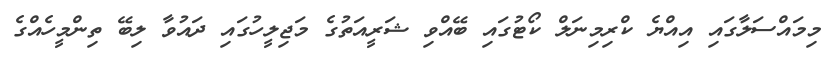
މިމައްސަލާގައި އިއްޔެ ކްރިމިނަލް ކޯޓުގައި ބޭއްވި ޝަރީއަތުގެ މަޖިލީހުގައި ދައުވާ ލިބޭ ތިންމީހެއްގެ